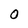
Character: 0